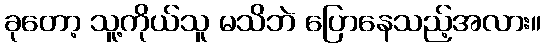
ခုတော့ သူ့ကိုယ်သူ မသိဘဲ ပြောနေသည့်အလား။